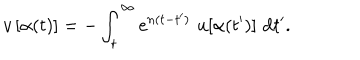
LaTeX: v \, [ \alpha ( t ) ] = - \int _ { t } ^ { \infty } \mathrm { e } ^ { n ( t - t ^ { \prime } ) } \, \, u [ \alpha ( t ^ { \prime } ) ] \, \, \mathrm { d } t ^ { \prime } .